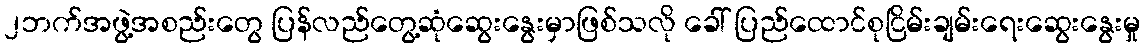
၂ဘက်အဖွဲ့အစည်းတွေ ပြန်လည်တွေ့ဆုံဆွေးနွေးမှာဖြစ်သလို ခေါ် ပြည်ထောင်စုငြိမ်းချမ်းရေးဆွေးနွေးမှု